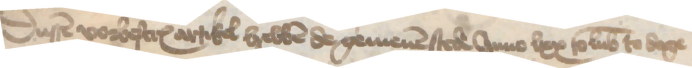
Dussen vorbescreuen artikel hebben de gemenen stede Anno lxx to Lubeke to dage